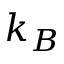
k _ { B }